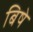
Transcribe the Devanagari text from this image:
बिषे